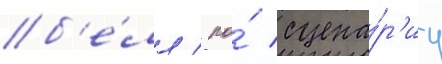
б'е́лл / по́ сцена́р'иу